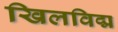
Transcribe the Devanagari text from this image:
खिलविद्म